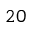
2 0